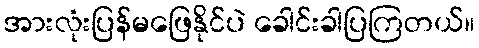
အားလုံးပြန်မဖြေနိုင်ပဲ ခေါင်းခါပြကြတယ်။